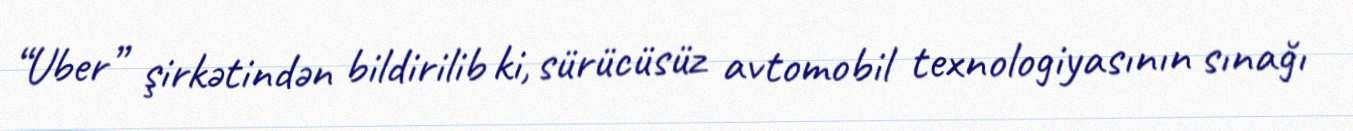
“Uber” şirkətindən bildirilib ki, sürücüsüz avtomobil texnologiyasının sınağı